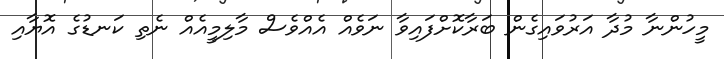
މީހުންނާ މުދާ އަރުވައިގެން ބަރާކޮށްފައިވާ ނަވެއް އެއްވެސް މާލިމީއެއް ނެތި ކަނޑުގެ އޮޔާއި